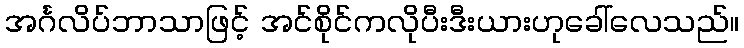
အင်္ဂလိပ်ဘာသာဖြင့် အင်စိုင်ကလိုပီးဒီးယားဟုခေါ်လေသည်။